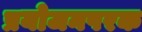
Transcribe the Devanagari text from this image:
प्रयोजनपरक